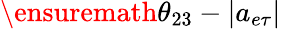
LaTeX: \ensuremath{\theta_{23}}-|a_{e\tau}|